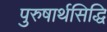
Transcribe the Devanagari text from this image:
पुरुषार्थसिद्धि